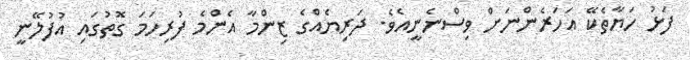
ފަޅު ހަޔާތެކޭ އަހަރެންނަށް ވިސްނެނީއެވެ. ދަރިޔެއްގެ ޒިންމާ އެންމެ ފުރިހަމަ ގޮތުގައި އުފުލޭނީ